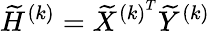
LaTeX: \widetilde{H}^{(k)}=\widetilde{X}^{{(k)}^{T}}\widetilde{Y}^{(k)}